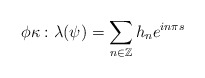
\begin{align*}\phi\kappa:\lambda(\psi)=\sum_{n\in\mathbb{Z}}^{}h_n e^{i n\pi s}\end{align*}